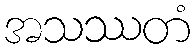
အသဿတံ